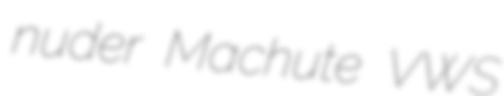
nuder Machute VWS